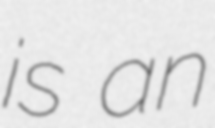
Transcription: is an